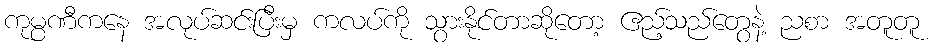
ကုမ္ပဏီကနေ အလုပ်ဆင်းပြီးမှ ကလပ်ကို သွားနိုင်တာဆိုတော့ ဧည့်သည်တွေနဲ့ ညစာ အတူတူ